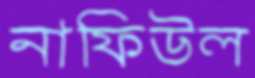
নাফিউল